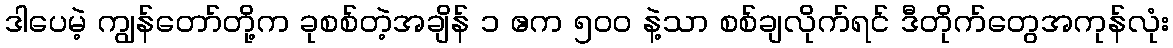
ဒါပေမဲ့ ကျွန်တော်တို့က ခုစစ်တဲ့အချိန် ၁ ဧက ၅၀၀ နဲ့သာ စစ်ချလိုက်ရင် ဒီတိုက်တွေအကုန်လုံး